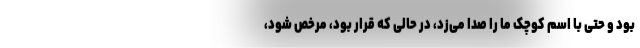
بود و حتی با اسم کوچک ما را صدا می‌زد، در حالی که قرار بود، مرخص شود،